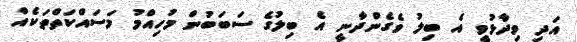
އަދި ވިދާޅުވީ އެ ބިލު ވެގެންދާނީ އެ ބިލުގެ ސަބަބުން މުހިއްމު މަސައްކަތްތަކެއް